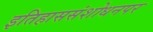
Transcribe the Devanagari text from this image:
इतिहाससंशोधनपर